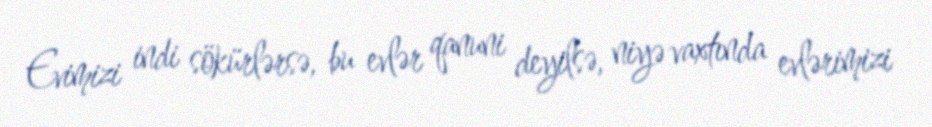
Evimizi indi sökürlərsə, bu evlər qanuni deyilsə, niyə vaxtında evlərimizi